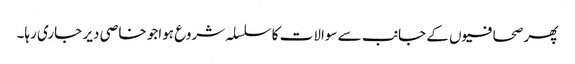
پھر صحافیوں کے جانب سے سوالات کا سلسلہ شروع ہواجو خاصی دیر جاری رہا۔